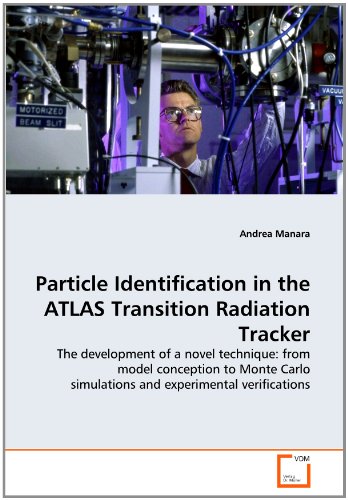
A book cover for Particle Identification in the ATLAS Transition Radiation Tracker: The development of a novel technique: from model conception to Monte Carlo simulations and experimental verifications; Andrea Manara; Travel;